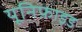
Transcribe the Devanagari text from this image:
यूनिफ़ाइड